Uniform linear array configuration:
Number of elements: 48
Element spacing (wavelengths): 0.25
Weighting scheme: hamming
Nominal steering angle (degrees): -60
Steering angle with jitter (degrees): -58.488
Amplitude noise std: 0.05
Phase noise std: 0.05

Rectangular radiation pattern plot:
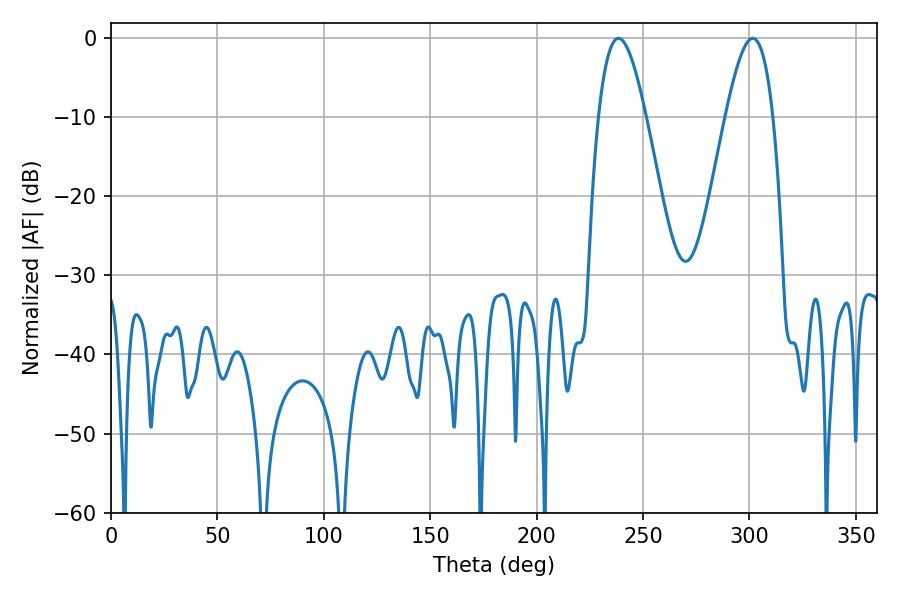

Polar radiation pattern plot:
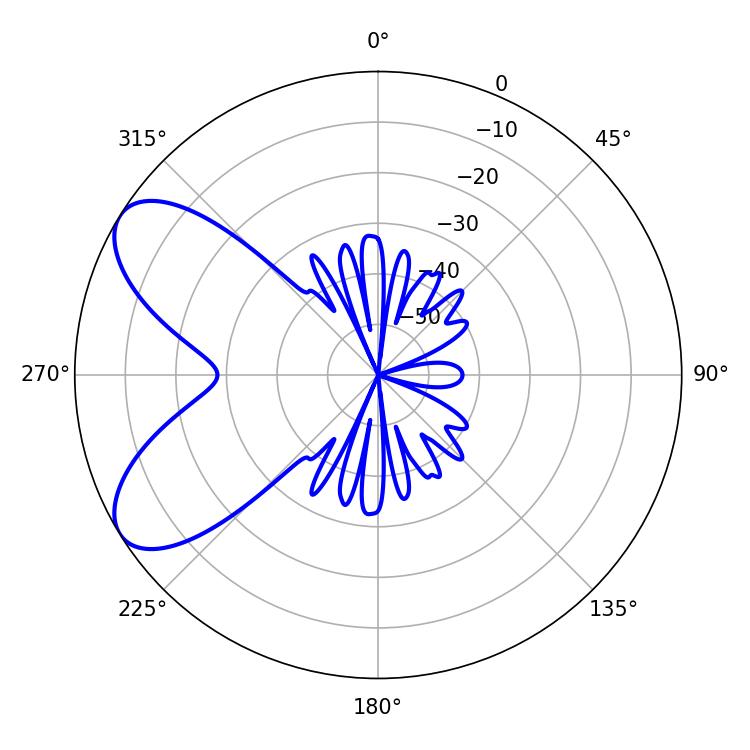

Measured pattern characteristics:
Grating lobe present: FALSE
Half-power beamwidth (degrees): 12.06
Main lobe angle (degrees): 238.5